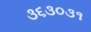
૩૬૩૦૩૧